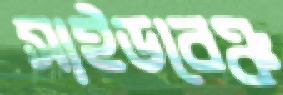
সাইডবেঞ্চ